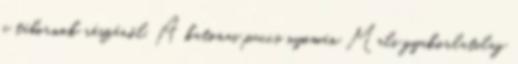
a tábornok részéről. A katonai puccs nyomán Mali gyakorlatilag